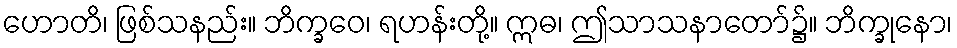
ဟောတိ၊ ဖြစ်သနည်း။ ဘိက္ခဝေ၊ ရဟန်းတို့။ ဣဓ၊ ဤသာသနာတော်၌။ ဘိက္ခုနော၊